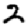
Digit: 2